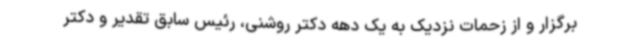
برگزار و از زحمات نزدیک به یک دهه دکتر روشنی، رئیس سابق تقدیر و دکتر